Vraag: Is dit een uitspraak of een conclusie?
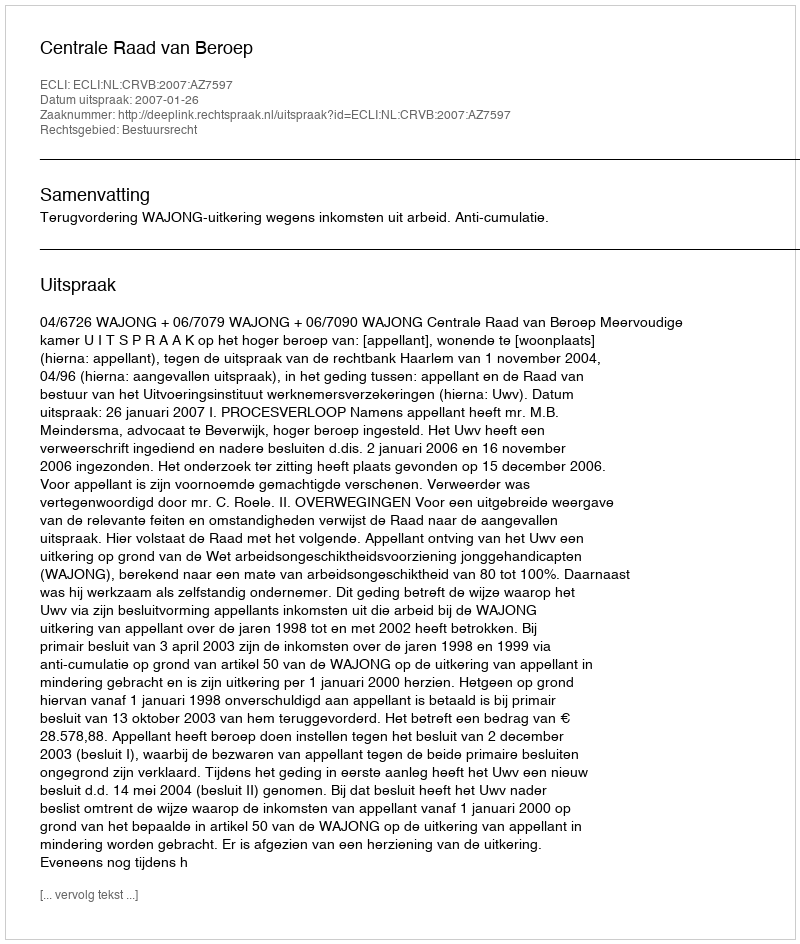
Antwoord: Uitspraak